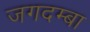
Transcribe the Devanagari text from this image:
जगदम्‍बा